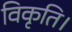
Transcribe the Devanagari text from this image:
विकृति।